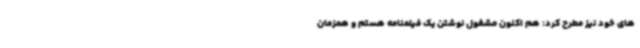
های خود نیز مطرح کرد: هم اکنون مشغول نوشتن یک فیلمنامه هستم و همزمان